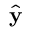
\hat { \textbf { y } }